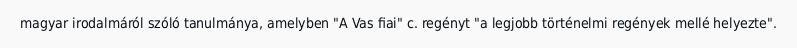
magyar irodalmáról szóló tanulmánya, amelyben "A Vas fiai" c. regényt "a legjobb történelmi regények mellé helyezte".